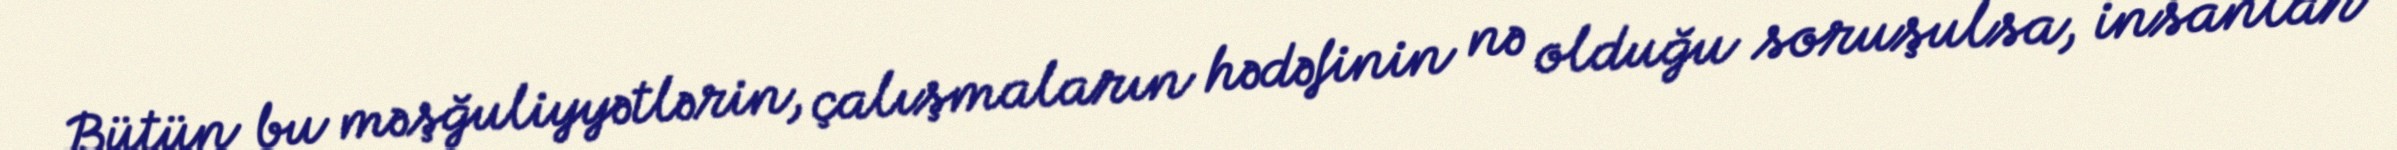
Bütün bu məşğuliyyətlərin, çalışmaların hədəfinin nə olduğu soruşulsa, insanlar